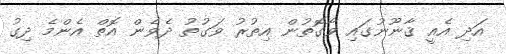
އަދި އެއީ ޤާނޫނުގައި ވާގޮތުން އިތުރު ވަގުތު ދެވެން އޮތް އެންމެ ދިގު